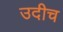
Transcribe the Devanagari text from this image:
उदीच